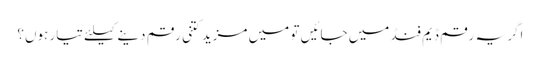
اگر یہ رقم ڈیم فنڈ میں جائیں تو میں مزید کتنی رقم دینے کیلئے تیار ہوں؟